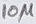
Text: 10µ